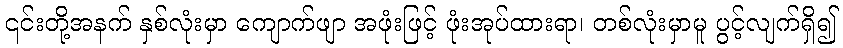
၎င်းတို့အနက် နှစ်လုံးမှာ ကျောက်ဖျာ အဖုံးဖြင့် ဖုံးအုပ်ထားရာ၊ တစ်လုံးမှာမူ ပွင့်လျက်ရှိ၍